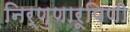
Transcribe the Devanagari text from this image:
निर्णुणारूपिणी